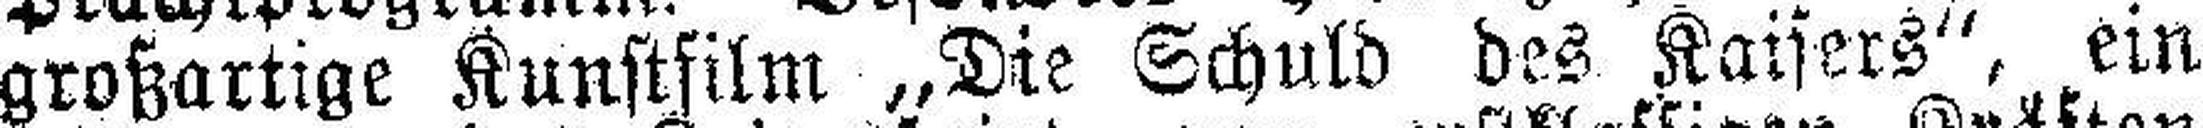
großartige Kunstfilm „Die Schuld des Kaisers“, ein